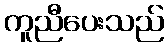
ကူညီပေးသည်